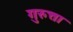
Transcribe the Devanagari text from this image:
गुरुत्ता